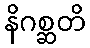
နိဂစ္ဆတိ